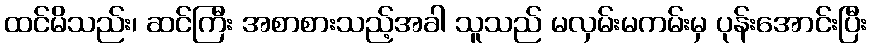
ထင်မိသည်း၊ ဆင်ကြီး အစာစားသည့်အခါ သူသည် မလှမ်းမကမ်းမှ ပုန်းအောင်းပြီး